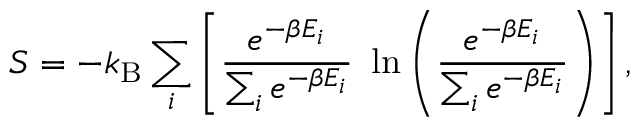
S = - k _ { \mathrm { B } } \sum _ { i } \left[ \frac { e ^ { - \beta E _ { i } } } { \sum _ { i } e ^ { - \beta E _ { i } } } ~ \ln { \left( \frac { e ^ { - \beta E _ { i } } } { \sum _ { i } e ^ { - \beta E _ { i } } } \right) } \right] ,